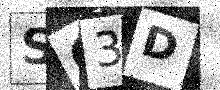
Text: SC3D